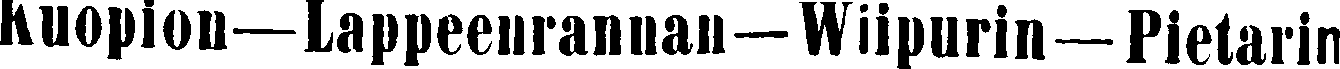
Kuopion—Lappeenrannan—Wiipurin—Pietarin